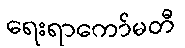
ရေးရာကော်မတီ